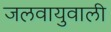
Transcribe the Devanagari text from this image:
जलवायुवाली